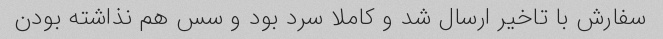
سفارش با تاخیر ارسال شد و کاملا سرد بود و سس هم نذاشته بودن